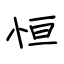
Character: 恒